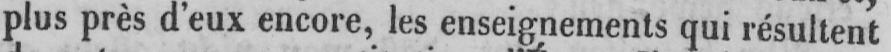
plus près d’eux encore, les enseignements qui résultent